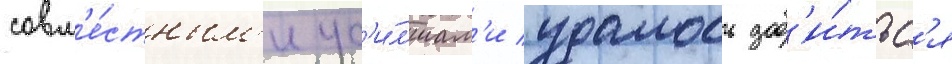
совм'е́стным'и ус'и́л'иам'и удалось доб'и́тьс'я